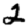
Digit: 2